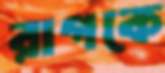
রাগকে